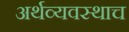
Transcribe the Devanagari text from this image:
अर्थव्यवस्थाच